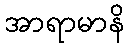
အာရာမာနိ